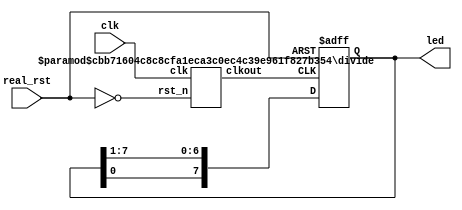
// ********************************************************************
// >>>>>>>>>>>>>>>>>>>>>>>>> COPYRIGHT NOTICE <<<<<<<<<<<<<<<<<<<<<<<<<
// ********************************************************************
// Module name  : flashled
// Description  : segment initial
// Web          : www.stepfpga.com
// 
// --------------------------------------------------------------------
// Code Revision History : 
// --------------------------------------------------------------------
// Version: |Mod. Date:   |Changes Made:
// V1.0     |2017/03/02   |Initial ver
// --------------------------------------------------------------------
// Module Function:
 
module flashled (clk,real_rst,led);
 
	input clk,real_rst;						
	output [7:0] led;				
   wire rst;
	assign rst=~real_rst;
        wire clk1h;                                     //        
 
        //1Hz		
        divide #(.WIDTH(32),.N(50000000)) u2 (         //
			.clk(clk),
			.rst_n(rst),                   //
			.clkout(clk1h)
			);                             
 
        //1Hz	
        reg [7:0] led;
        always@(posedge clk1h or negedge rst)
	begin
		if(!rst)
			led <= 8'b11111110;            // <=
		else 
			led <= {led[0],led[7:1]};      //led[0]led[7:1]8led
	end	
	endmodule
	// ********************************************************************
// >>>>>>>>>>>>>>>>>>>>>>>>> COPYRIGHT NOTICE <<<<<<<<<<<<<<<<<<<<<<<<<
// ********************************************************************
// Module name  : decode38
// Description  : 3-8decode control LED
// Web          : www.stepfpga.com
// 
// --------------------------------------------------------------------
// Code Revision History : 
// --------------------------------------------------------------------
// Version: |Mod. Date:   |Changes Made:
// V1.0     |2017/03/02   |Initial ver
// --------------------------------------------------------------------
// Module Function:33-8LED
 
module decode38 (sw,led);
 
	input [2:0] sw;							//33-8
	output [7:0] led;						//LED
 
        reg [7:0] led;                                                  //ledregalwaysreg
 
        //alwaysswswalways
	always @ (sw)
	begin
		case(sw)                                                   //casedefault
			3'b000:	led=8'b0111_1111;                         //_  
			3'b001:	led=8'b1011_1111;                         //'+Verilogbodh
			3'b010:	led=8'b1101_1111;
			3'b011:	led=8'b1110_1111;
			3'b100:	led=8'b1111_0111;
			3'b101:	led=8'b1111_1011;
			3'b110: led=8'b1111_1101;
			3'b111:	led=8'b1111_1110;
			default: ;
		endcase
	end
 
endmodule
// ********************************************************************
// >>>>>>>>>>>>>>>>>>>>>>>>> COPYRIGHT NOTICE <<<<<<<<<<<<<<<<<<<<<<<<<
// ********************************************************************
// Module name  : divide
// Description  : clock divider
// Web          : www.stepfpga.com
// 
// --------------------------------------------------------------------
// Code Revision History : 
// --------------------------------------------------------------------
// Version: |Mod. Date:   |Changes Made:
// V1.0     |2017/03/02   |Initial ver
// --------------------------------------------------------------------
// Module Function:
 
module divide (	clk,rst_n,clkout);
 
        input 	clk,rst_n;                       //clkFPGAC112MHz
        output	clkout;                          //LED
 
        //parameterverilog
	parameter	WIDTH	= 3;             // 2**WIDTH-1
	parameter	N	= 5;             // N < 2**WIDTH-1
 
	reg 	[WIDTH-1:0]	cnt_p,cnt_n;     //cnt_pcnt_n
	reg			clk_p,clk_n;     //clk_pclk_n
 
	//
	always @ (posedge clk or negedge rst_n )         //posedgenegedgeverilog
                                                         //clkrst_nalways
		begin
			if(!rst_n)
				cnt_p<=0;
			else if (cnt_p==(N-1))
				cnt_p<=0;
			else cnt_p<=cnt_p+1;             //N-1N
		end
 
         //,N50%N50%
         always @ (posedge clk or negedge rst_n)
		begin
			if(!rst_n)
				clk_p<=0;
			else if (cnt_p<(N>>1))          //N>>12
				clk_p<=0;
			else 
				clk_p<=1;               //clk
		end
 
        //        	
	always @ (negedge clk or negedge rst_n)
		begin
			if(!rst_n)
				cnt_n<=0;
			else if (cnt_n==(N-1))
				cnt_n<=0;
			else cnt_n<=cnt_n+1;
		end
 
        //clk_p
	always @ (negedge clk)
		begin
			if(!rst_n)
				clk_n<=0;
			else if (cnt_n<(N>>1))  
				clk_n<=0;
			else 
				clk_n<=1;                //clk
		end
 
        assign clkout = (N==1)?clk:(N[0])?(clk_p&clk_n):clk_p;      //
                                                                    //N=1clk
                                                                    //NN0N0=0clk_p
                                                                    //NN1N0=1clk_p&clk_n
endmodule